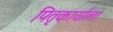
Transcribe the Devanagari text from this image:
पितृकार्याला